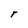
Character: r